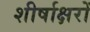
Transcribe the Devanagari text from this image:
शीर्षाक्षरों